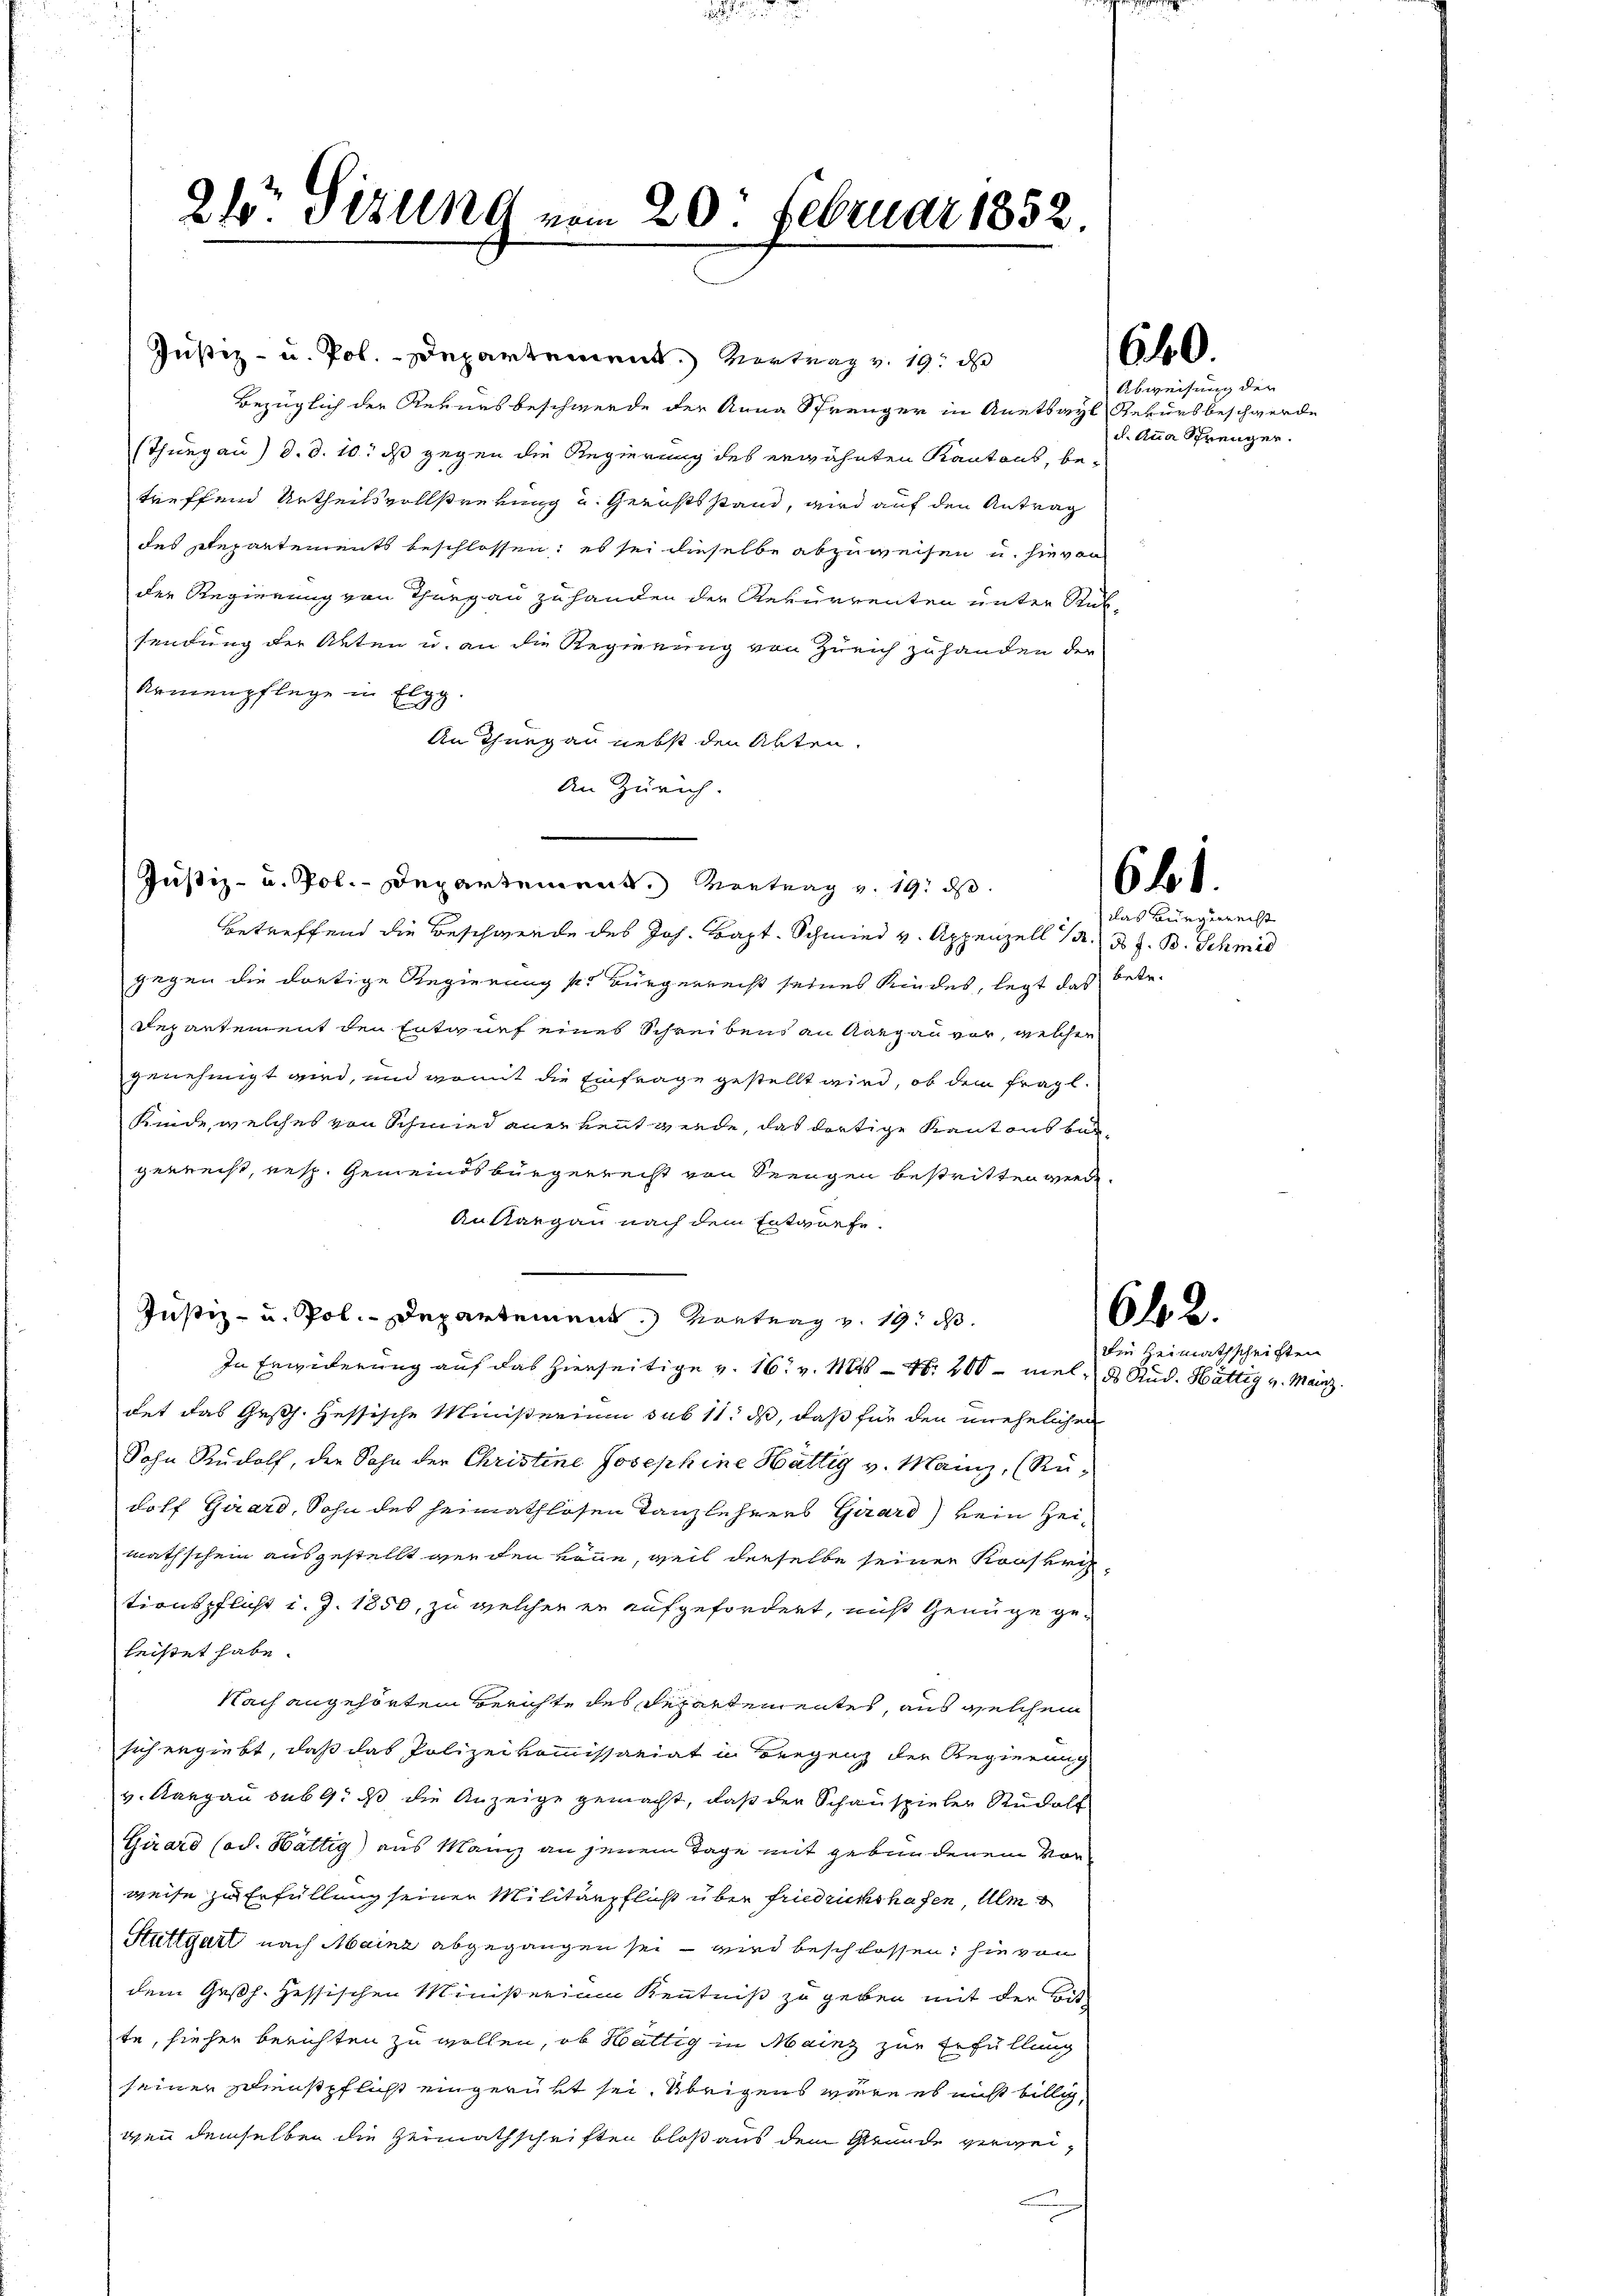
Justiz- u. Pol.-Departement. Vortrag v. 19. d
Bezüglich der Revuesbeschwerde der Anna Sprenger in Anetbayl Rekursbeschwerde
(Thurgau) d. d. 10. ds gegen die Regierung des erwähnten Kantons, betreffend Urtheilsvollstrebung u. Gerichtsstand, wird auf den Antrag
des Departements beschlossen; es sei dieselbe abzuweisen u. hievon
der Regierung von Thurgau zu handen der Rekurrenten unter Rüksendung der Akten u. an die Regierung von Zürich zuhanden der
Armenpflege in Elgg.
An Thurgau nebst den Abten.
An Zürich.

24r Sizung vom 20. Februar 1852.

Justiz- u. Pol.- Departement. Vortrag v. 19. ds.
betreffend die Beschwerde des Joh. Bapt. Schmied v. Appenzell 14. d. J. B. Schmid
gegen die dortige Regierung pr Bürgerrecht seines Kindes, legt das betr.
Departement den Entwurf eines Schreibens an Aargau vor, welcher
genehmigt wird, und womit die Einfrage gestellt wird, ob dem fragl.
Kinde, welches von Schmied anerkennt werde, das dortige Kantons baugerreist, resp. Gemeindsbürgerreist von Seengen bestritten werde.
Anstangen nach dem Entwurfe.
Justiz- u. Pol.-Departement.) Vortrag v. 19. d.
In Erwiderung auf das hierseitige v. 16. v. 1846 - N. 200 - viel, des Stud. Hättig v. Mainz.
det das Gesch. Hessische Ministerium sub 11. ds, daß für den unehelichen
Sohn Rudolf, den Sohn der Christine Josephine Hättig v. Mainz, (Rü-
dolf Girard, Sohn des heimathlosen Tanzlehrers Girard kein Heimathschein ausgestellt werden könne, weil derselbe seiner Konstri
tionspflicht d. J. 1850, zu welcher er aufgefordert, nicht Genüge geleistet habe.
Nach angehörten Berichte des Separtementes, aus welchem
sich ergiebt, daß das Polizeikommissariat in Bergenz der Regierung
v. Aargau sub 9. ds die Anzeige gemacht, daß der Schauspieler Rudolf
Girard Cod. Hättig) aus Mann an jenem Tage mit gebundenem Vor
weise zu Erfüllung seinen Militärpflicht über friedrichshafen, Ulm
Stuttgart nach Mainz abgegangen sei – wird beschlossen; sie von
dem Gesch. Hessischen Ministerium Kenntniß zu geben mit der Bitte, hieher berichten zu wollen, ob Hüttig in Mainz zur Erfüllung
seiner Dienstpflicht eingerükt sei. Übrigens wäre es nicht billig,
ven demselben die Heimathschriften bloß aus dem Grunde verwei¬

640.

Abweisung der
u. Anna Schrenger.

61.

642.
Die Heimathschriften

das Bürgerrecht